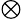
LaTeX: \otimes